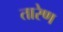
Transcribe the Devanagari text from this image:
तारेण